Vaccine operations Central Provinces 1900-1911 - 1900-1911
Year: 1900
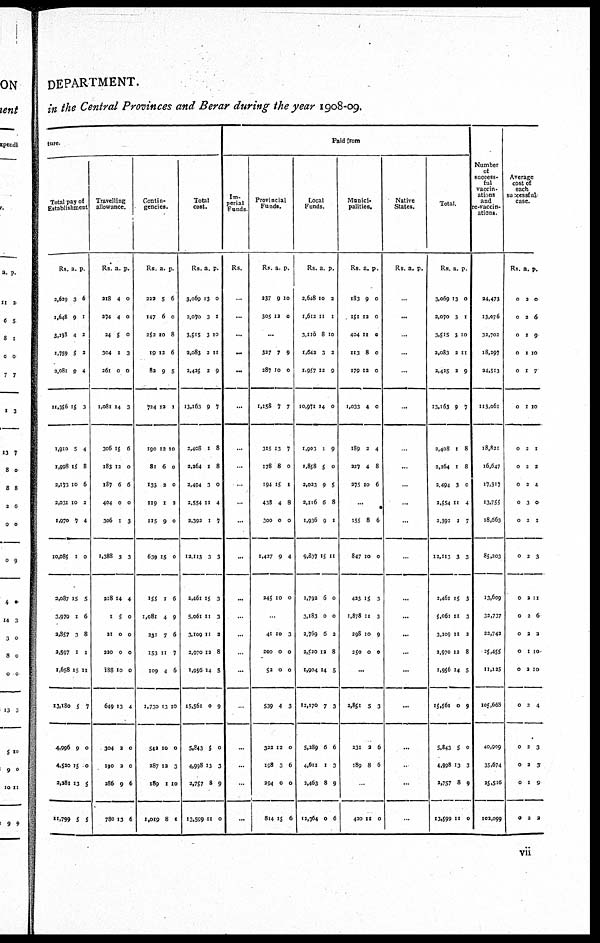
DEPARTMENT.
in the Central Provinces and Berar during the year 1908-09.
ture.
Total pay of
Establishment
Rs.
3,629
1,648
3,239
1,759
2,081
11,356
1,910
1,998
2,173
3,031
1,970
10,085
2,087
3,979
2,357
2,597
1,658
13,180
4,996
4,520
3,381
11,799
a.
3
9
4
5
9
15
5
15
10
10
7
1
15
1
3
1
15
5
9
15
13
5
p.
6
1
3
3
4
3
4
8
6
2
4
0
5
6
8
1
11
7
0
0
5
5
Travelling
allowance.
Rs.
218
274
24
304
261
1,081
306
183
187
404
306
1,388
218
1
21
220
188
649
304
190
286
780
a.
4
4
5
1
0
14
15
13
6
0
1
3
14
5
0
0
10
13
2
2
9
13
p.
0
0
0
3
0
3
6
0
6
0
3
3
4
0
0
0
0
4
0
0
6
6
Contin-
gencies.
Rs.
222
147
353
19
82
724
190
81
133
119
115
639
155
1,081
231
153
109
1,730
542
387
189
1,019
a.
5
6
10
12
9
12
12
6
2
1
9
15
1
4
7
11
4
13
10
12
1
8
p.
6
0
8
6
5
1
10
0
0
3
0
0
6
9
6
7
6
10
0
3
10
1
Total
cost.
Rs.
3,069
2,070
3,515
2,083
2,425
13,163
2,408
2,264
2,494
2,554
3,393
12,113
3,461
5,061
3,109
2,970
1,956
15,561
5,843
4,998
2,757
13,599
a.
13
3
3
3
3
9
1
1
3
11
1
3
15
11
11
12
14
0
5
13
8
11
p.
0
1
10
11
9
7
8
8
0
4
7
3
3
3
3
8
5
9
0
3
9
0
Paid from
Im-
perial
Funds
Rs.
...
...
...
...
...
...
...
...
...
...
...
...
...
...
...
...
...
...
...
...
...
...
Provincial
Funds.
Rs.
237
305
a.
9
12
p.
10
0
...
327
287
1,158
315
178
194
438
300
1,427
245
7
10
7
13
8
15
4
0
9
10
9
0
7
7
0
1
8
0
4
0
...
41
200
52
539
339
198
294
814
10
0
0
4
12
3
0
15
3
0
0
3
0
6
0
6
Local
Funds.
Rs.
2,648
1,612
3,110
1,642
1,957
10,971
1,903
1,858
3,023
3,1l6
1,936
9,837
1,793
3,183
2,769
3,520
1,904
12,170
5,289
4,611
2,463
12,364
a.
10
11
8
3
12
14
1
5
9
6
9
15
6
0
6
12
14
7
6
1
8
0
p.
2
1
10
2
9
0
9
0
5
8
1
11
0
0
2
8
5
3
6
3
9
6
Munici-
palities.
Rs.
183
151
404
113
179
1,033
189
227
275
a.
9
12
I1
8
12
4
2
4
10
p.
0
0
0
0
0
0
4
8
6
...
155
847
423
1,878
298
250
8
10
15
11
10
0
6
0
3
3
9
0
...
3,851
331
189
5
2
8
3
6
6
...
420 11 0
Native
States.
Rs. a. p.
...
...
0
...
...
...
...
...
...
...
...
...
...
...
...
...
...
...
...
...
...
Total.
Rs.
3,069
2,070
3,515
2,083
2,425
13,163
3,408
2,264
2,494
2,554
2,393
12,113
2,461
5,061
3,109
2,970
1,956
15,561
5,843
4,998
2,757
13,599
a.
13
3
3
2
2
9
1
1
3
11
1
3
15
11
11
13
14
0
5
13
8
11
p.
0
1
10
11
9
7
8
8
0
4
7
3
3
3
2
8
5
9
0
3
9
0
Number
of
success-
ful
vaccin-
ations
and
re-vaccin-
ations.
24,473
13,076
33,702
18,397
24,513
113,061
18,821
16,647
17,317
13,755
18,663
85,203
13,609
33,737
23,742
25,455
11,125
105,668
40,909
35,674
25,516
102,099
Average
cost of
each
sucessful
case.
Rs.
0
0
0
0
0
0
0
0
0
0
0
0
0
0
0
0
0
0
0
0
0
0
a.
2
2
1
1
1
1
2
2
2
3
3
2
2
2
2
1
2
3
2
2
1
2
p.
0
6
9
10
7
10
1
2
4
0
1
3
11
6
3
10
10
4
3
3
9
2
vii